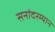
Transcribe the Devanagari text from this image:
सनांदरम्यान